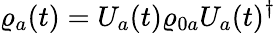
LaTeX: \varrho_{a}(t)=U_{a}(t)\varrho_{0a}U_{a}(t)^{\dagger}